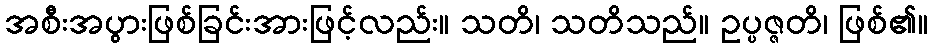
အစီးအပွားဖြစ်ခြင်းအားဖြင့်လည်း။ သတိ၊ သတိသည်။ ဥပ္ပဇ္ဇတိ၊ ဖြစ်၏။